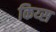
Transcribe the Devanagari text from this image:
किय्स